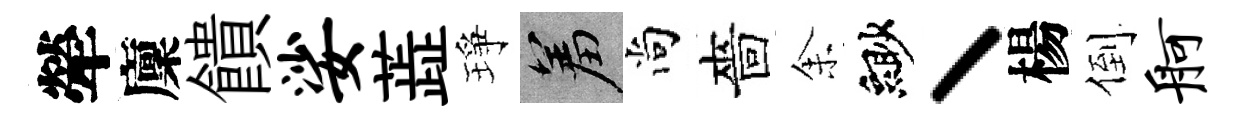
犖廩饋娑蕋琤羞尚嗇𪜬緲丶楊倒舸